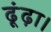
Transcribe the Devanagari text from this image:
ढूंढ़ा।